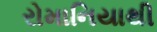
રોમાનિયાથી